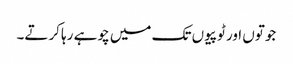
جوتوں اور ٹوپیوں تک میں چوہے رہا کرتے۔